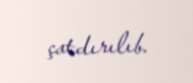
çatdırılıb.